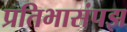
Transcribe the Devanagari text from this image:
प्रतिभासंपझ